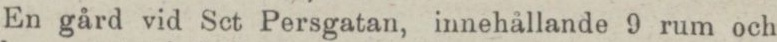
En gård vid Sct Persgatan, innehållande 9 rum och